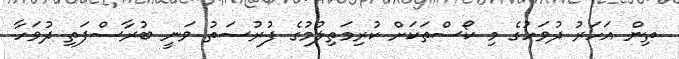
ތިން އަހަރު ދުވަހުގެ މި ކޯސްތަކަށް ކުރިމަތިލުމުގެ ފުރުސަތު ވަނީ ބުރާސްފަތި ދުވަހާ